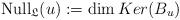
LaTeX: \begin{align*}\mbox{Null}_{\frak{L}}(u):=\mbox{dim}\,Ker (B_u)\end{align*}